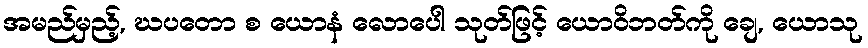
အမည်မှည့်, ဃပတော စ ယောနံ လောပေါ သုတ်ဖြင့် ယောဝိဘတ်ကို ချေ, ယောသု